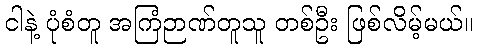
ငါနဲ့ ပုံစံတူ အကြံဉာဏ်တူသူ တစ်ဦး ဖြစ်လိမ့်မယ်။